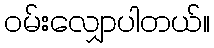
ဝမ်းလျှောပါတယ်။